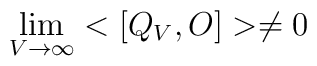
\lim_{V\rightarrow\infty}<[Q_V,O]>\ne 0